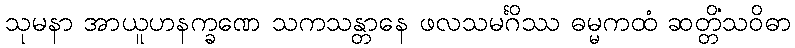
သုမနာ အာယူဟနက္ခဏေ သကသန္တာနေ ဖလသမင်္ဂိဿ ဓမ္မကထံ ဆတ္တိံသဝိဓာ